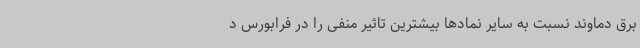
برق دماوند نسبت به سایر نمادها بیشترین تاثیر منفی را در فرابورس د